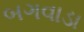
બગવાડા